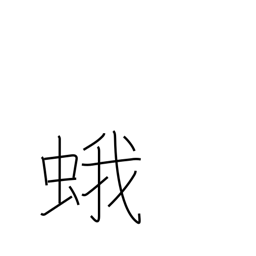
Meaning: moth